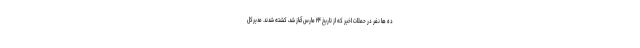
ده ها نفر در حملات اخیر که از تاریخ ۲۴ مارس آغاز شد، کشته شدند. مدیرکل